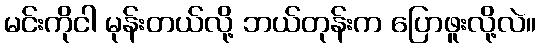
မင်းကိုငါ မုန်းတယ်လို့ ဘယ်တုန်းက ပြောဖူးလို့လဲ။